Report of an investigation into the causes of the diseases known in Assam as Kála-Azár and Beri-Beri
Disease focus: Beri-Beri
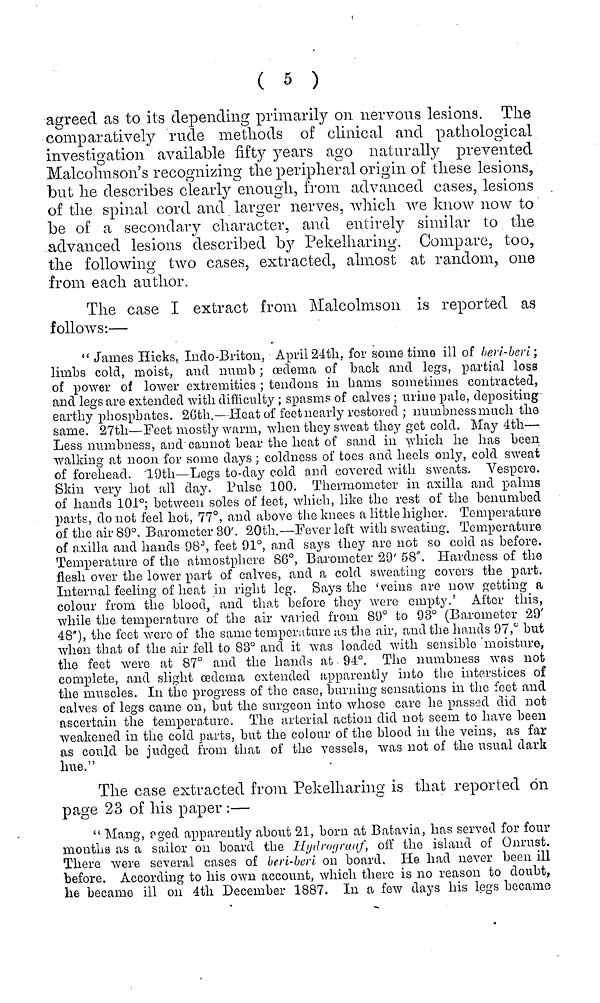
( 5 )
agreed as to its depending primarily on nervous lesions. The
comparatively rude methods of clinical and pathological
investigation available fifty years ago naturally prevented
Malcolmson's recognizing the peripheral origin of these lesions,
but he describes clearly enough, from advanced cases, lesions
of the spinal cord and larger nerves, which we know now to
be of a secondary character, and entirely similar to the
advanced lesions described by Pekelharing. Compare, too,
the following two cases, extracted, almost at random, one
from each author.
The case I extract from Malcolmson is reported as
follows:—
" James Hicks. Indo-Briton, April 24th, for sometime ill of beri-beri;
limbs cold, moist, and numb ; oedema of back and legs, partial loss
of power of lower extremities ; tendons in hams sometimes contracted,
and legs are extended with difficulty ; spasms of calves ; urine pale, depositing
earthy phosphates. 26th.— Heat of feet nearly restored ; numbness much the
same. 27th—Feet mostly warm, when they sweat they get cold. May 4th—
Less numbness, and cannot bear the heat of sand in which he has been
walking at noon for some days ; coldness of toes and heels only, cold sweat
of forehead. 19th—Legs to-day cold and covered with sweats. Vespcre.
Skin very hot all day. Pulse 100. Thermometer in axilla and palms
of hands 101°; between soles of feet, which, like the rest of the benumbed
parts, do not feel hot, 77°, and above the knees a little higher. Temperature
of the air 89°. Barometer 30'. 20th.—Fever left with sweating. Temperature
of axilla and hands 9B J , feet 91°, and says they are not so cold as before.
Temperature of the atmostphcre 86°, Barometer 29' 58". Hardness of the
flesh over the lower part of calves, and a cold sweating covers the part.
Internal feeling of heat in right leg. Says the 'veins are now getting a
colour from the blood, and that before they were empty.' After this,
while the temperature of the air varied from 89° to 93° (Barometer 29'
48"), the feet were of the same temperature as the air, and the hands 97,°' but
when that of the air fell to 83° and it was loaded with sensible moisture,
the feet were at 87° and the hands at 94°. The numbness wns not
complete, and slight oedema extended apparently into the interstices of
the muscles. In the progress of the case, burning sensations in the feet and
calves of legs came on, bat the surgeon into whoso care he passed did not
ascertain the temperature. The arterial action did not seem to have been
weakened in the cold parts, but the colour of the blood in the veins, as far
as could be judged from that of the vessels, was not of the usual dark
hue."
The case extracted from Pekelharing is that reported on
page 23 of his paper :—
" Mang, aged apparently about 21, born at Batavia, has served for four
months as a sailor 011 board the Hydroyraaf, off the island of Onrust.
There were several cases of beri-beri on board. He had never been ill
before. According to his own account, which there is no reason to doubt,
he became ill on 4th December 1887. In a few days his legs became